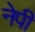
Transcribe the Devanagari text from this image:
नेपी